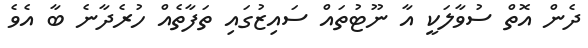
ދެން އޮތް ސުވާލަކީ އާ ނޫޓުތައް ސައިޒުގައި ތަފާތެއް ހުރެދާނެ ބާ އެވެ